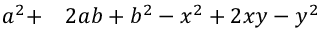
\begin{array} { r l } { a ^ { 2 } + } & { { } 2 a b + b ^ { 2 } - x ^ { 2 } + 2 x y - y ^ { 2 } } \end{array}